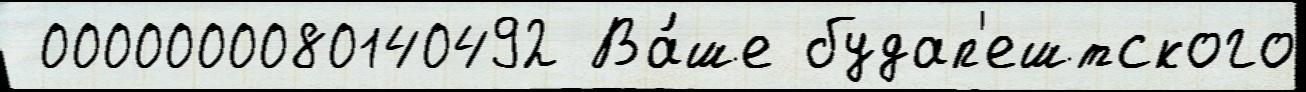
 0000000080140492 Ва́ше будап'ештского